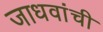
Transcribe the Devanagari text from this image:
जाधवांची